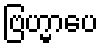
ဗြဟ္မာပေ